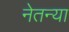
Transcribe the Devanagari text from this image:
नेतन्या